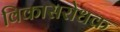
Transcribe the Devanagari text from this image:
विकासरोधक